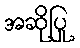
အဆိုပြု